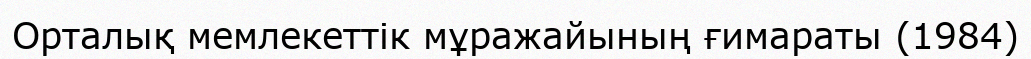
Орталық мемлекеттік мұражайының ғимараты (1984)